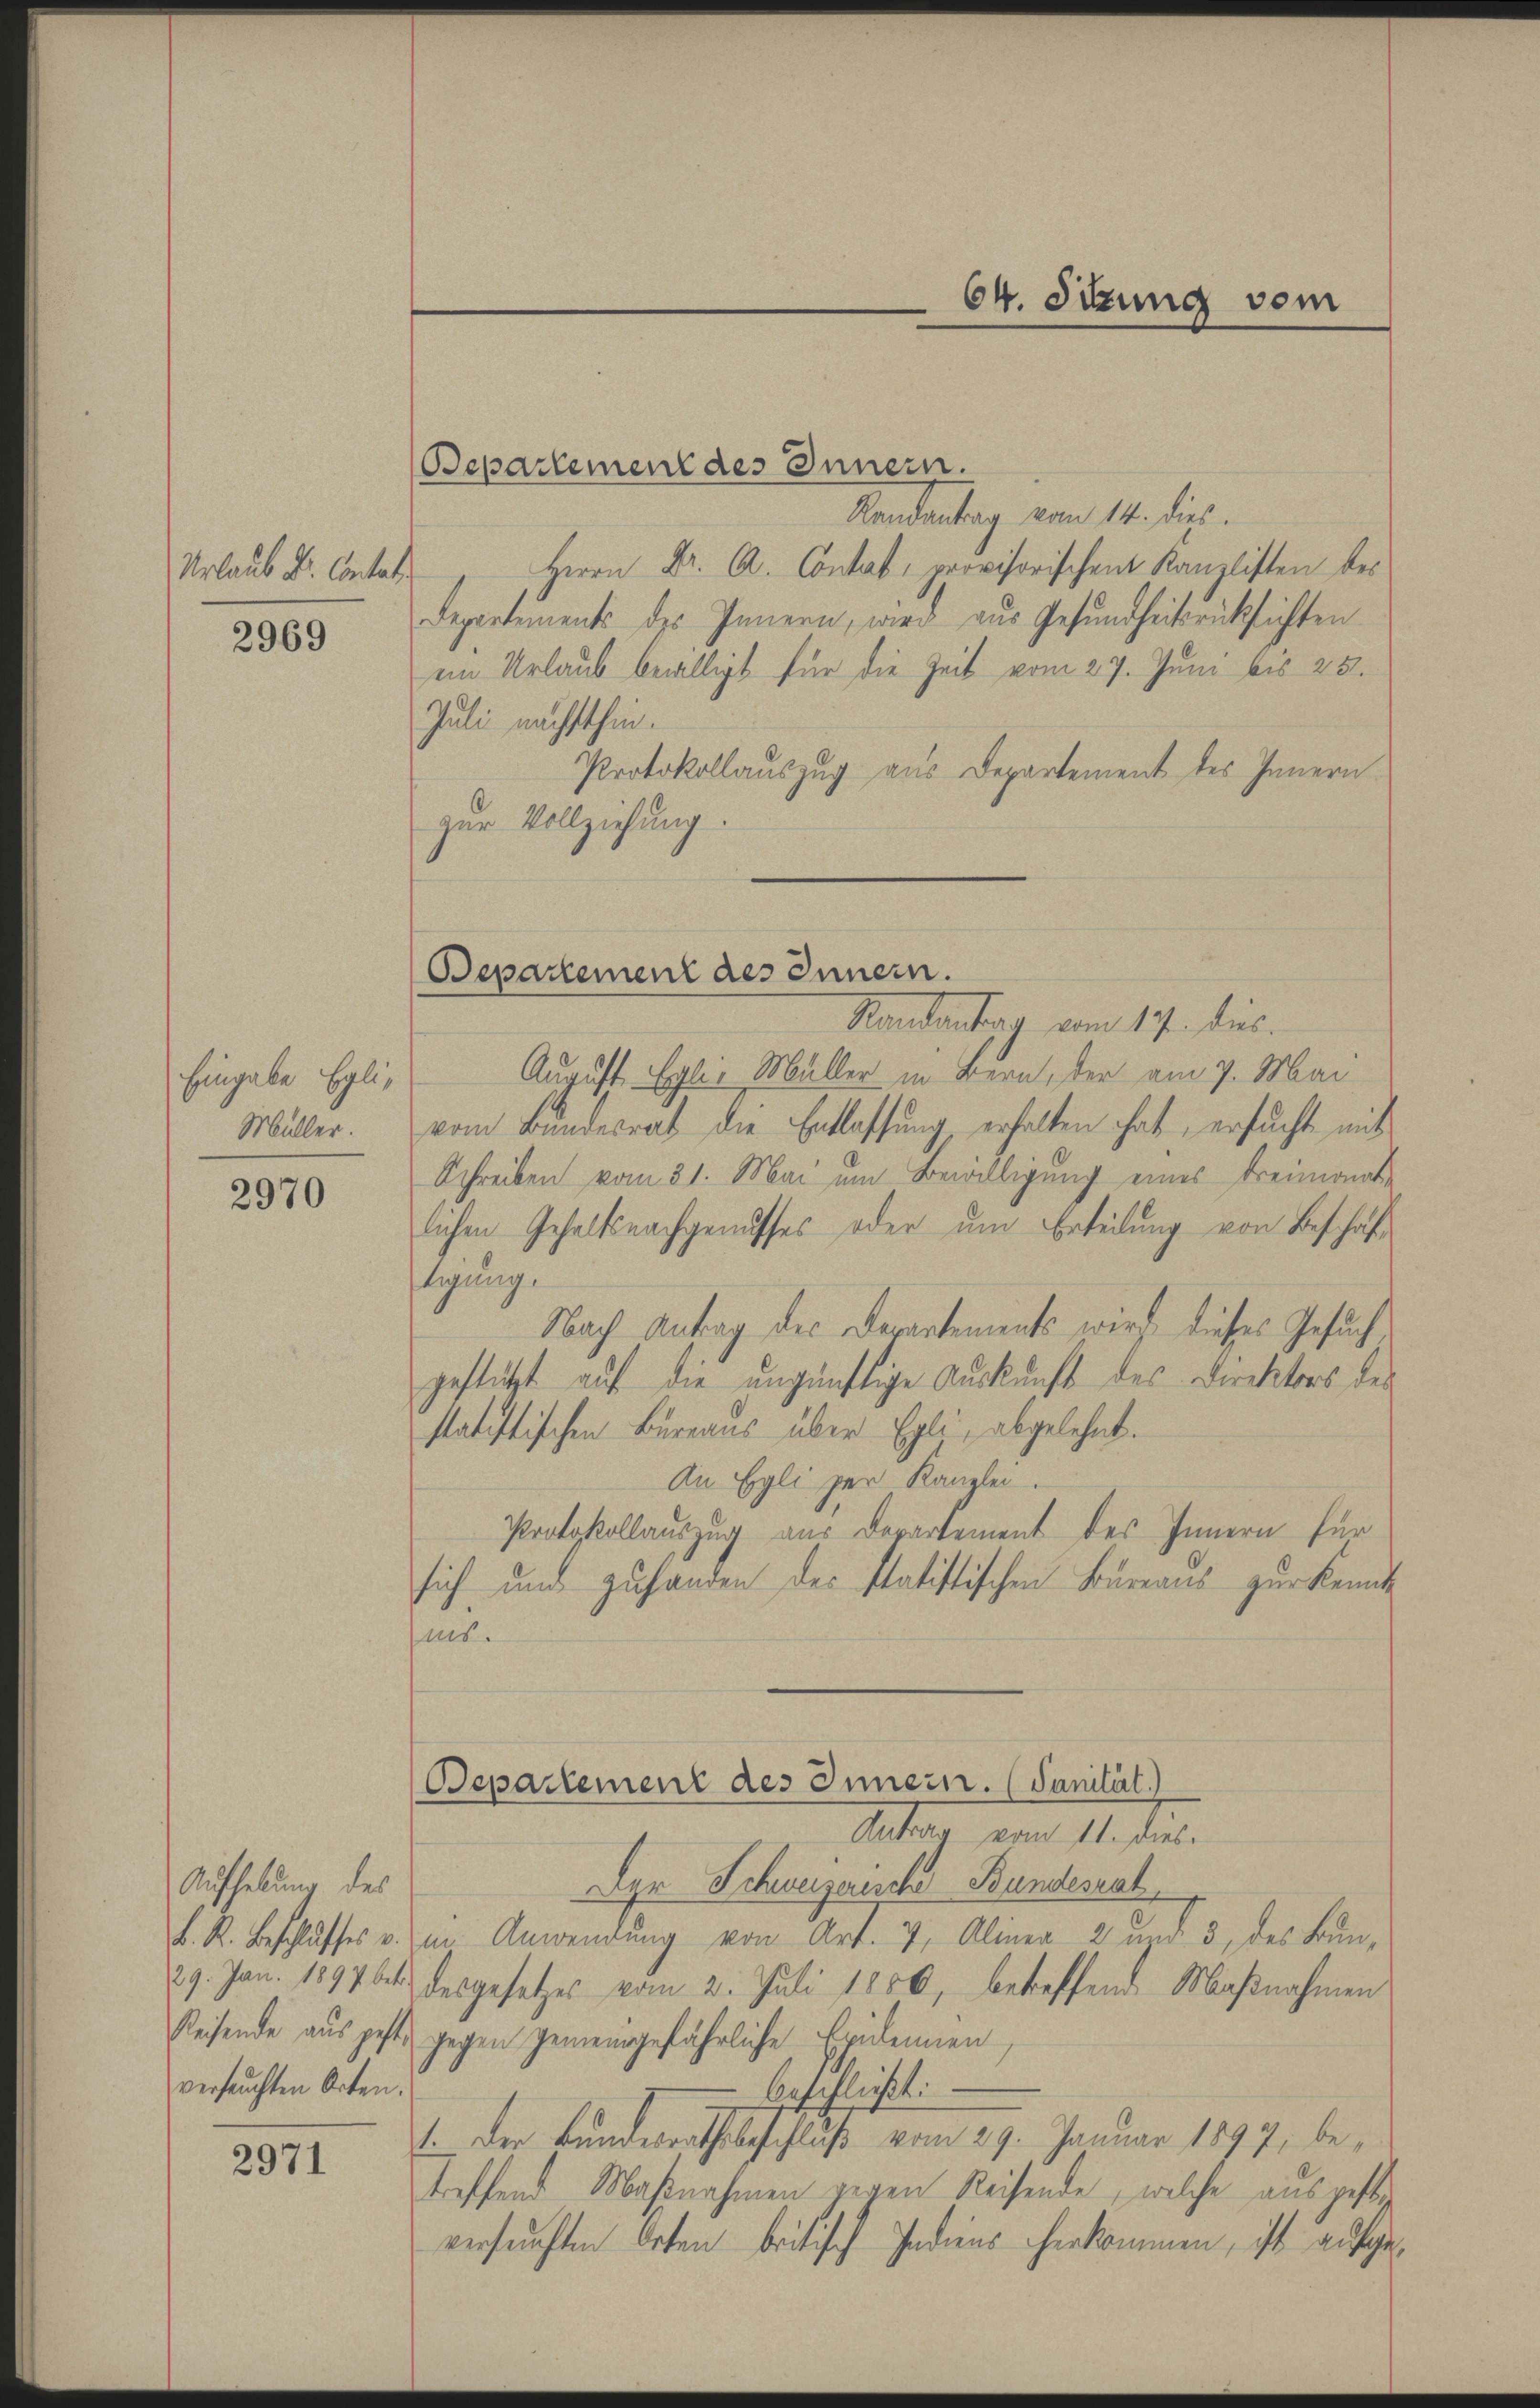
Urlaub Dr. Contat.

2969

Eingabe Egli¬
Müller.

2970

Aufhebung des
K. R. Beschlusses
29. Jan. 1897 be
Reisende aus pe
versuchten Orten.

2971

Bepartement des Innern.
Kandentag vom 14. dies
Herrn Dr. A. Contal, provisorischen Kanzlisten des
Departements des Innern, wird aus Gesundheitsrücksichten
ein Urlaub bewilligt für die Zeit vom 27. Juni bis 25.
Juli nächsthin.
Protokollauszug aus Departement des Innern
zur Vollziehung.
Standantag vom 17. dies.
August Eglis Müller in Bern, der am 7. Mai
vom Bundesrat die Entlassung erhalten hat, ersucht mit
Schreiben vom 31. Mai um Bewilligung eines Freimonat-
lichen Gehaltsnachgenusses oder um Erteilung von Beschaft
tigung.
Nach Antrag des Derartements wird dieses Gesuch
gestützt auf die ungünftige Auskunft des Direktors des
statistischen Büreaus über Egli, abgelehnt.
An Egli zur Kanzlei.
Protokollauszug aus Departement des Innern für
sich und zu handen der Statistischen Bureaus zur Kennte
ins.
Separtement des Innern. (Sanität)
Antrag vom 11. dies
Der Schweizerische Bundesrat
in Anwendung von Art. 7, Alinea 2 und 3, des Bun¬
4 desgesetzes vom 2. Juli 1850, betreffende Maßnahmen
4 gegen gemeingefährliche Beidenen
beschließt:
1. Der Bundesrathsbeschluß vom 29. Januar 1897, be-
treffend Maßnahmen gegen Reisende, welche aus gestr.
versunften Orten britisch Indiens herkommen, ist aufge¬

Separtement des Innern.

64. Sitzung vom